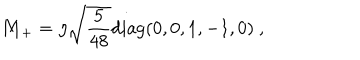
{ \bf M } _ { + } = \eta \sqrt { \frac { 5 } { 4 8 } } \mathrm { d i a g } ( 0 , 0 , 1 , - 1 , 0 ) \ ,